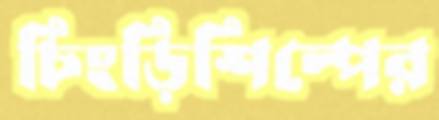
চিংড়িশিল্পের